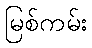
မြစ်ကမ်း